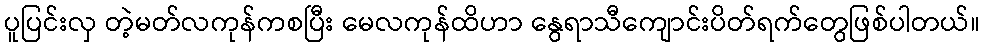
ပူပြင်းလှ တဲ့မတ်လကုန်ကစပြီး မေလကုန်ထိဟာ နွေရာသီကျောင်းပိတ်ရက်တွေဖြစ်ပါတယ်။